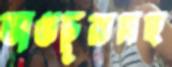
ভাঙচুরসহ